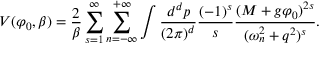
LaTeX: V ( \varphi _ { 0 } , \beta ) = \frac { 2 } { \beta } \sum _ { s = 1 } ^ { \infty } \sum _ { n = - \infty } ^ { + \infty } \int \frac { d ^ { d } p } { ( 2 \pi ) ^ { d } } \frac { ( - 1 ) ^ { s } } { s } \frac { ( M + g \varphi _ { 0 } ) ^ { 2 s } } { ( \omega _ { n } ^ { 2 } + q ^ { 2 } ) ^ { s } } .